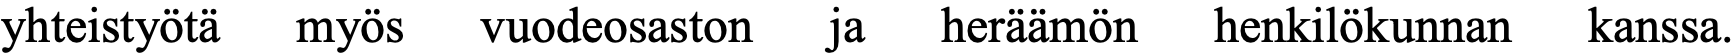
yhteistyötä myös vuodeosaston ja heräämön henkilökunnan kanssa.